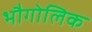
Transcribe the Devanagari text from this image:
भौगोलिक